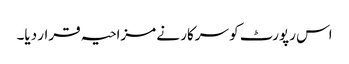
اس رپورٹ کو سرکار نے مزاحیہ قرار دیا۔